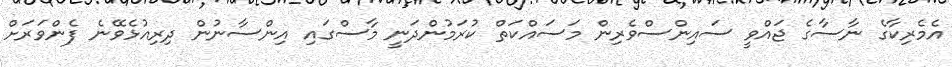
އެމެރިކާގެ ނާސާގެ ޖައްވީ ސައިންސްވެރިން މަސައްކަތް ކުރަމުންދަނީ މާސްގައި އިންސާނުން ދިރިއުޅެވޭނެ ފެންވަރަށް